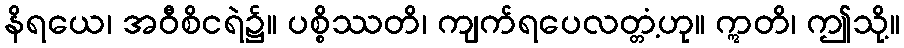
နိရယေ၊ အဝီစိငရဲ၌။ ပစ္စိဿတိ၊ ကျက်ရပေလတ္တံ့ဟု။ ဣတိ၊ ဤသို့။